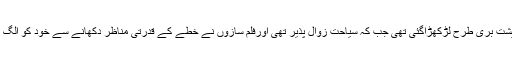
ڈاکٹرجتیندرسنگھ نے کہاکہ کشمیر میں پچھلے 30سال کے عرصے میں دہشت گردی کی وجہ سے خطے کی معیشت بری طرح لڑکھڑاگئی تھی جب کہ سیاحت زوال پذیر تھی اورفلم سازوں نے خطے کے قدرتی مناظر دکھانے سے خود کو الگ تھلگ کرلیاتھا ، انھوں نے کہاکہ ہم اگلے سال تک جموں کشمیر کو دہشت گردی سے پوری طرح ختم کردیں گے ۔